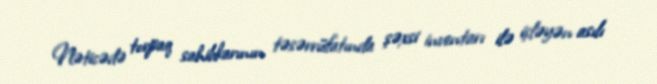
Nəticədə torpaq sahibkarının təsərrüfatında şəxsi inventarı ilə işləyən asılı